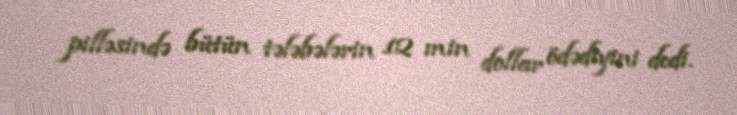
pilləsində bütün tələbələrin 12 min dollar ödədiyini dedi.